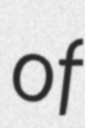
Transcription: of